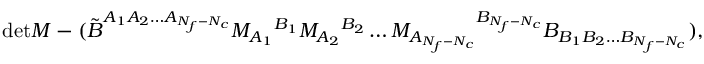
\mathrm { d e t } M - ( \tilde { B } ^ { A _ { 1 } A _ { 2 } \ldots A _ { N _ { f } - N _ { c } } } M _ { A _ { 1 } } { } ^ { B _ { 1 } } M _ { A _ { 2 } } { } ^ { B _ { 2 } } \ldots M _ { A _ { N _ { f } - N _ { c } } } { } ^ { B _ { N _ { f } - N _ { c } } } B _ { B _ { 1 } B _ { 2 } \ldots B _ { N _ { f } - N _ { c } } } ) ,